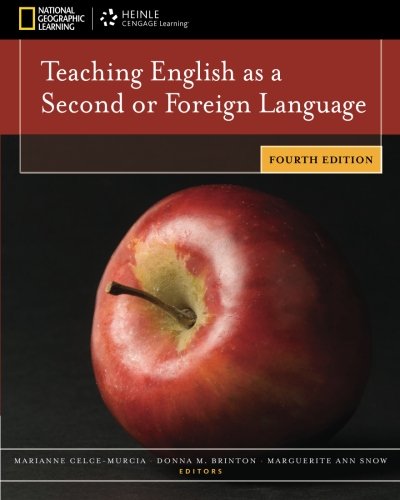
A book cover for Teaching English as a Second or Foreign Language, 4th edition; Marianne Celce-Murcia; Reference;